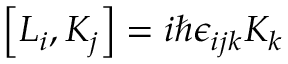
\left[ L _ { i } , K _ { j } \right] = i \hbar \epsilon _ { i j k } K _ { k }